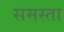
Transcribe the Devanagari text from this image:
समस्ता